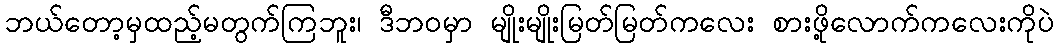
ဘယ်တော့မှထည့်မတွက်ကြဘူး၊ ဒီဘဝမှာ မျိုးမျိုးမြတ်မြတ်ကလေး စားဖို့လောက်ကလေးကိုပဲ